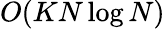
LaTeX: O(KN\log N)